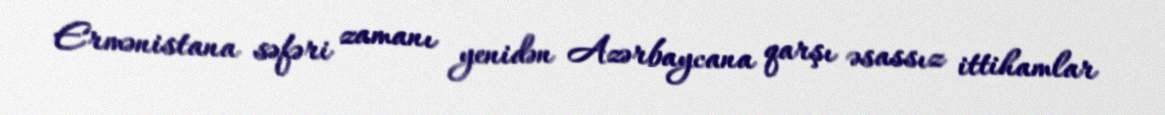
Ermənistana səfəri zamanı yenidən Azərbaycana qarşı əsassız ittihamlar